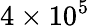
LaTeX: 4\times 10^{5}